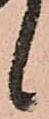
候